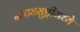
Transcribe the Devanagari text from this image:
नाट्यसुष्ट्रीमध्ये